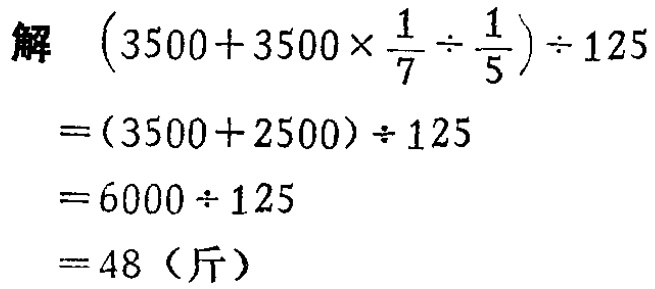
\[

\begin{align*}

&(3500 + 3500\times\frac{1}{7}\div\frac{1}{5})\div125\\

=&(3500 + 2500)\div125\\

=&6000\div125\\

=&48 (\text{斤})

\end{align*}

\]